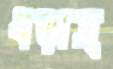
ধড়াস্‌